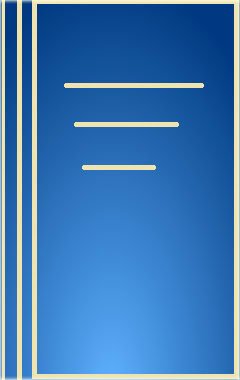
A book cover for Multiprocessor System Architectures: A Technical Survey of Multiprocessor/Multithreaded Systems Using Sparc, Multilevel Bus Architectures and Solari; Ben Catanzaro; Computers & Technology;